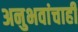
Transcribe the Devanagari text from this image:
अनुभवांचाही